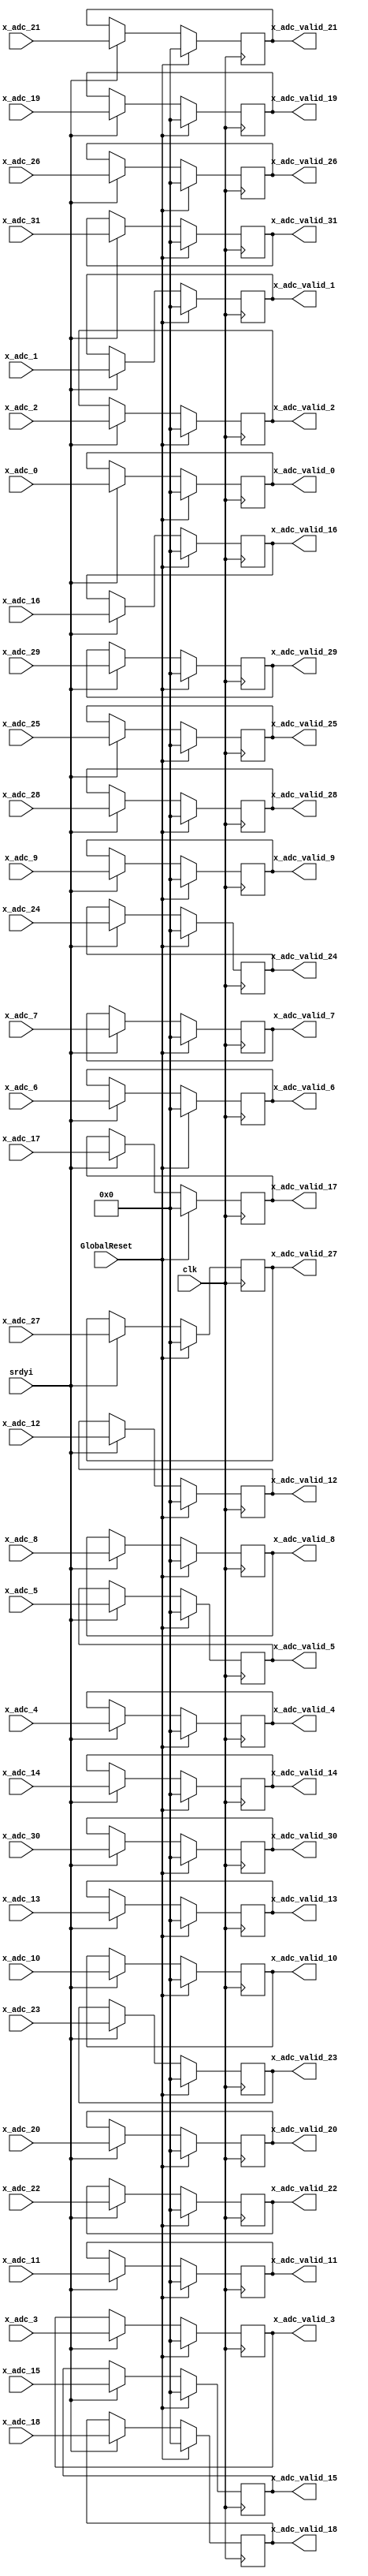
////////////////////////////////////////////////////////////////
//
// Module: x_adc_valid.v
//         jburbanoalgarte@gmail.com
//		   hnskpark@gmail.com
//		 
//
// Description:
//      when srdyi is asserted, 32 21-bit registers
//		become transparent to incoming x_adc signals
//		latency 1 cycle
//
// Parameters:
//      
//
// Inputs [bit width]:
//	clk
//	GlobalReset
//
//	srdyi
//
//	x_adc_0 [20:0]
//	x_adc_1 [20:0]
//  x_adc_2 [20:0]
//  x_adc_3 [20:0]
//  x_adc_4 [20:0]
//  x_adc_5 [20:0]
//  x_adc_6 [20:0]
//  x_adc_7 [20:0]
//  x_adc_8 [20:0]
//  x_adc_9 [20:0]
//  x_adc_10 [20:0]
//  x_adc_11 [20:0]
//  x_adc_12 [20:0]
//  x_adc_13 [20:0]
//  x_adc_14 [20:0]
//  x_adc_15 [20:0]
//  ...
//  x_adc_31 [20:0]
//
// Outputs [bit width]:
//	x_adc_valid_0 [20:0]
//	...
//	x_adc_valid_31 [20:0]
////////////////////////////////////////////////////////////////

module x_adc_valid ( 
	clk,
	GlobalReset,
	srdyi,
    x_adc_0,
	x_adc_1,
	x_adc_2,
	x_adc_3,
	x_adc_4,
	x_adc_5,
	x_adc_6,
	x_adc_7,
	x_adc_8,
	x_adc_9,
	x_adc_10,
	x_adc_11,
	x_adc_12,
	x_adc_13,
	x_adc_14,
	x_adc_15,
	x_adc_16,
	x_adc_17,
	x_adc_18,
	x_adc_19,
	x_adc_20,
	x_adc_21,
	x_adc_22,
	x_adc_23,
	x_adc_24,
	x_adc_25,
	x_adc_26,
	x_adc_27,
	x_adc_28,
	x_adc_29,
	x_adc_30,
	x_adc_31,
    x_adc_valid_0,
	x_adc_valid_1,
	x_adc_valid_2,
	x_adc_valid_3,
	x_adc_valid_4,
	x_adc_valid_5,
	x_adc_valid_6,
	x_adc_valid_7,
	x_adc_valid_8,
	x_adc_valid_9,
	x_adc_valid_10,
	x_adc_valid_11,
	x_adc_valid_12,
	x_adc_valid_13,
	x_adc_valid_14,
	x_adc_valid_15,
	x_adc_valid_16,
	x_adc_valid_17,
	x_adc_valid_18,
	x_adc_valid_19,
	x_adc_valid_20,
	x_adc_valid_21,
	x_adc_valid_22,
	x_adc_valid_23,
	x_adc_valid_24,
	x_adc_valid_25,
	x_adc_valid_26,
	x_adc_valid_27,
	x_adc_valid_28,
	x_adc_valid_29,
	x_adc_valid_30,
	x_adc_valid_31
    );

////////////////////////////////////////////////////////////////
//  Inputs & Outputs
input clk;
input GlobalReset;

input srdyi;

input [20:0] x_adc_0;
input [20:0] x_adc_1;
input [20:0] x_adc_2;
input [20:0] x_adc_3;
input [20:0] x_adc_4;
input [20:0] x_adc_5;
input [20:0] x_adc_6;
input [20:0] x_adc_7;
input [20:0] x_adc_8;
input [20:0] x_adc_9;
input [20:0] x_adc_10;
input [20:0] x_adc_11;
input [20:0] x_adc_12;
input [20:0] x_adc_13;
input [20:0] x_adc_14;
input [20:0] x_adc_15;
input [20:0] x_adc_16;
input [20:0] x_adc_17;
input [20:0] x_adc_18;
input [20:0] x_adc_19;
input [20:0] x_adc_20;
input [20:0] x_adc_21;
input [20:0] x_adc_22;
input [20:0] x_adc_23;
input [20:0] x_adc_24;
input [20:0] x_adc_25;
input [20:0] x_adc_26;
input [20:0] x_adc_27;
input [20:0] x_adc_28;
input [20:0] x_adc_29;
input [20:0] x_adc_30;
input [20:0] x_adc_31;

output reg [20:0] x_adc_valid_0;
output reg [20:0] x_adc_valid_1;
output reg [20:0] x_adc_valid_2;
output reg [20:0] x_adc_valid_3;
output reg [20:0] x_adc_valid_4;
output reg [20:0] x_adc_valid_5;
output reg [20:0] x_adc_valid_6;
output reg [20:0] x_adc_valid_7;
output reg [20:0] x_adc_valid_8;
output reg [20:0] x_adc_valid_9;
output reg [20:0] x_adc_valid_10;
output reg [20:0] x_adc_valid_11;
output reg [20:0] x_adc_valid_12;
output reg [20:0] x_adc_valid_13;
output reg [20:0] x_adc_valid_14;
output reg [20:0] x_adc_valid_15;
output reg [20:0] x_adc_valid_16;
output reg [20:0] x_adc_valid_17;
output reg [20:0] x_adc_valid_18;
output reg [20:0] x_adc_valid_19;
output reg [20:0] x_adc_valid_20;
output reg [20:0] x_adc_valid_21;
output reg [20:0] x_adc_valid_22;
output reg [20:0] x_adc_valid_23;
output reg [20:0] x_adc_valid_24;
output reg [20:0] x_adc_valid_25;
output reg [20:0] x_adc_valid_26;
output reg [20:0] x_adc_valid_27;
output reg [20:0] x_adc_valid_28;
output reg [20:0] x_adc_valid_29;
output reg [20:0] x_adc_valid_30;
output reg [20:0] x_adc_valid_31;
	
////////////////////////////////////////////////////////////////
//  reg & wire declarations

////////////////////////////////////////////////////////////////
//  Modules


////////////////////////////////////////////////////////////////
//  Registers

always @(posedge clk) begin
    if (GlobalReset == 1'b1) begin
		x_adc_valid_0     <= 21'd0;
		x_adc_valid_1     <= 21'd0;
		x_adc_valid_2     <= 21'd0;
		x_adc_valid_3     <= 21'd0;
		x_adc_valid_4     <= 21'd0;
		x_adc_valid_5     <= 21'd0;
		x_adc_valid_6     <= 21'd0;
		x_adc_valid_7     <= 21'd0;
		x_adc_valid_8     <= 21'd0;
		x_adc_valid_9     <= 21'd0;
		x_adc_valid_10    <= 21'd0;
		x_adc_valid_11    <= 21'd0;
		x_adc_valid_12    <= 21'd0;
		x_adc_valid_13    <= 21'd0;
		x_adc_valid_14    <= 21'd0;
		x_adc_valid_15    <= 21'd0;
		x_adc_valid_16    <= 21'd0;
		x_adc_valid_17    <= 21'd0;
		x_adc_valid_18    <= 21'd0;
		x_adc_valid_19    <= 21'd0;
		x_adc_valid_20    <= 21'd0;
		x_adc_valid_21    <= 21'd0;
		x_adc_valid_22    <= 21'd0;
		x_adc_valid_23    <= 21'd0;
		x_adc_valid_24    <= 21'd0;
		x_adc_valid_25    <= 21'd0;
		x_adc_valid_26    <= 21'd0;
		x_adc_valid_27    <= 21'd0;
		x_adc_valid_28    <= 21'd0;
		x_adc_valid_29    <= 21'd0;
		x_adc_valid_30    <= 21'd0;
		x_adc_valid_31    <= 21'd0;
    end
    else begin
		if (srdyi == 1'b1) begin
			x_adc_valid_0     <= x_adc_0;
			x_adc_valid_1     <= x_adc_1;
			x_adc_valid_2     <= x_adc_2;
			x_adc_valid_3     <= x_adc_3;
			x_adc_valid_4     <= x_adc_4;
			x_adc_valid_5     <= x_adc_5;
			x_adc_valid_6     <= x_adc_6;
			x_adc_valid_7     <= x_adc_7;
			x_adc_valid_8     <= x_adc_8;
			x_adc_valid_9     <= x_adc_9;
			x_adc_valid_10    <= x_adc_10;
			x_adc_valid_11    <= x_adc_11;
			x_adc_valid_12    <= x_adc_12;
			x_adc_valid_13    <= x_adc_13;
			x_adc_valid_14    <= x_adc_14;
			x_adc_valid_15    <= x_adc_15;
			x_adc_valid_16    <= x_adc_16;
			x_adc_valid_17    <= x_adc_17;
			x_adc_valid_18    <= x_adc_18;
			x_adc_valid_19    <= x_adc_19;
			x_adc_valid_20    <= x_adc_20;
			x_adc_valid_21    <= x_adc_21;
			x_adc_valid_22    <= x_adc_22;
			x_adc_valid_23    <= x_adc_23;
			x_adc_valid_24    <= x_adc_24;
			x_adc_valid_25    <= x_adc_25;
			x_adc_valid_26    <= x_adc_26;
			x_adc_valid_27    <= x_adc_27;
			x_adc_valid_28    <= x_adc_28;
			x_adc_valid_29    <= x_adc_29;
			x_adc_valid_30    <= x_adc_30;
			x_adc_valid_31    <= x_adc_31;
		end
    end
end

endmodule